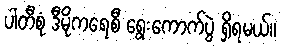
ပါတီစုံ ဒီမိုကရေစီ ရွေးကောက်ပွဲ ရှိရမယ်။